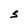
Character: S